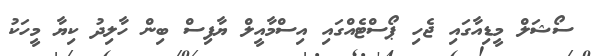
ސޯޝަލް މީޑިއާގައި ޖެހި ޕޯސްޓެއްގައި އިސްމާއީލް ޔާފިސް ބިން ހާލިދު ކިޔާ މީހަކު